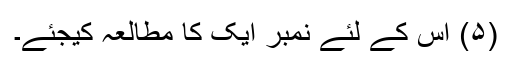
(۵) اس کے لئے نمبر ایک کا مطالعہ کیجئے۔